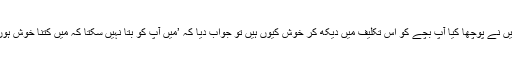
میں نے پوچھا کیا آپ بچے کو اس تکلیف میں دیکھ کر خوش کیوں ہیں تو جواب دیا کہ ’میں آپ کو بتا نہیں سکتا کہ میں کتنا خوش ہوں۔